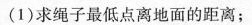
(1)求绳子最低点离地面的距离；